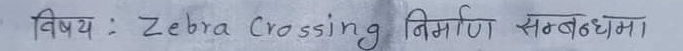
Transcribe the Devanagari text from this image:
विषयः Zebra Crossing निर्माण सम्बन्धमा